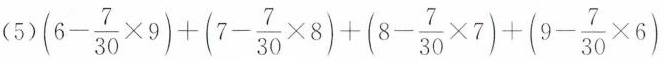
（5）$$( 6 - \frac { 7 } { 3 0 } \times 9 ) + ( 7 - \frac { 7 } { 3 0 } \times 8 ) + ( 8 - \frac { 7 } { 3 0 } \times 7 ) + ( 9 - \frac { 7 } { 3 0 } \times 6 )$$